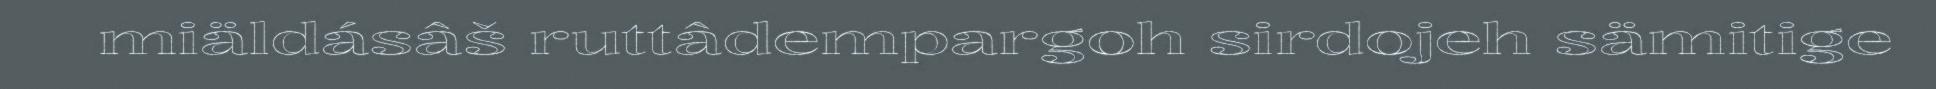
miäldásâš ruttâdempargoh sirdojeh sämitige